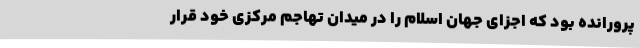
پرورانده بود که اجزای جهان اسلام را در میدان تهاجم مرکزی خود قرار